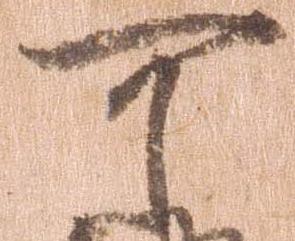
可